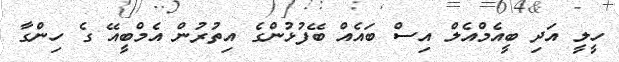
ހީލީ އަދި ބީއެމްއެލް އިސް ބައެއް ބޭފުޅުންގެ އިތުރުން އެމްބީއޭ ގެ ހިންގާ